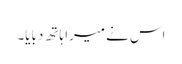
اس نے میرا ہاتھ دبایا۔